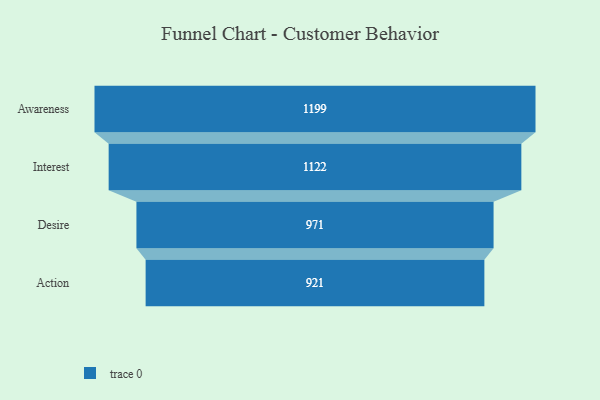
{"axis": {"x": "Stage", "y": "Value"}, "legend": [""], "data": [{"x": "Awareness", "y": 1199.0, "type": ""}, {"x": "Interest", "y": 1122.0, "type": ""}, {"x": "Desire", "y": 971.0, "type": ""}, {"x": "Action", "y": 921.0, "type": ""}]}